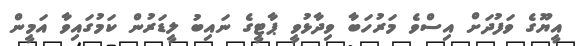
އީޔޫގެ ވަފުދަށް އިސްވެ މަރުހަބާ ވިދާޅުވީ ޕާޓީގެ ނައިބު ލީޑަރުން ކަމުގައިވާ އަމީން